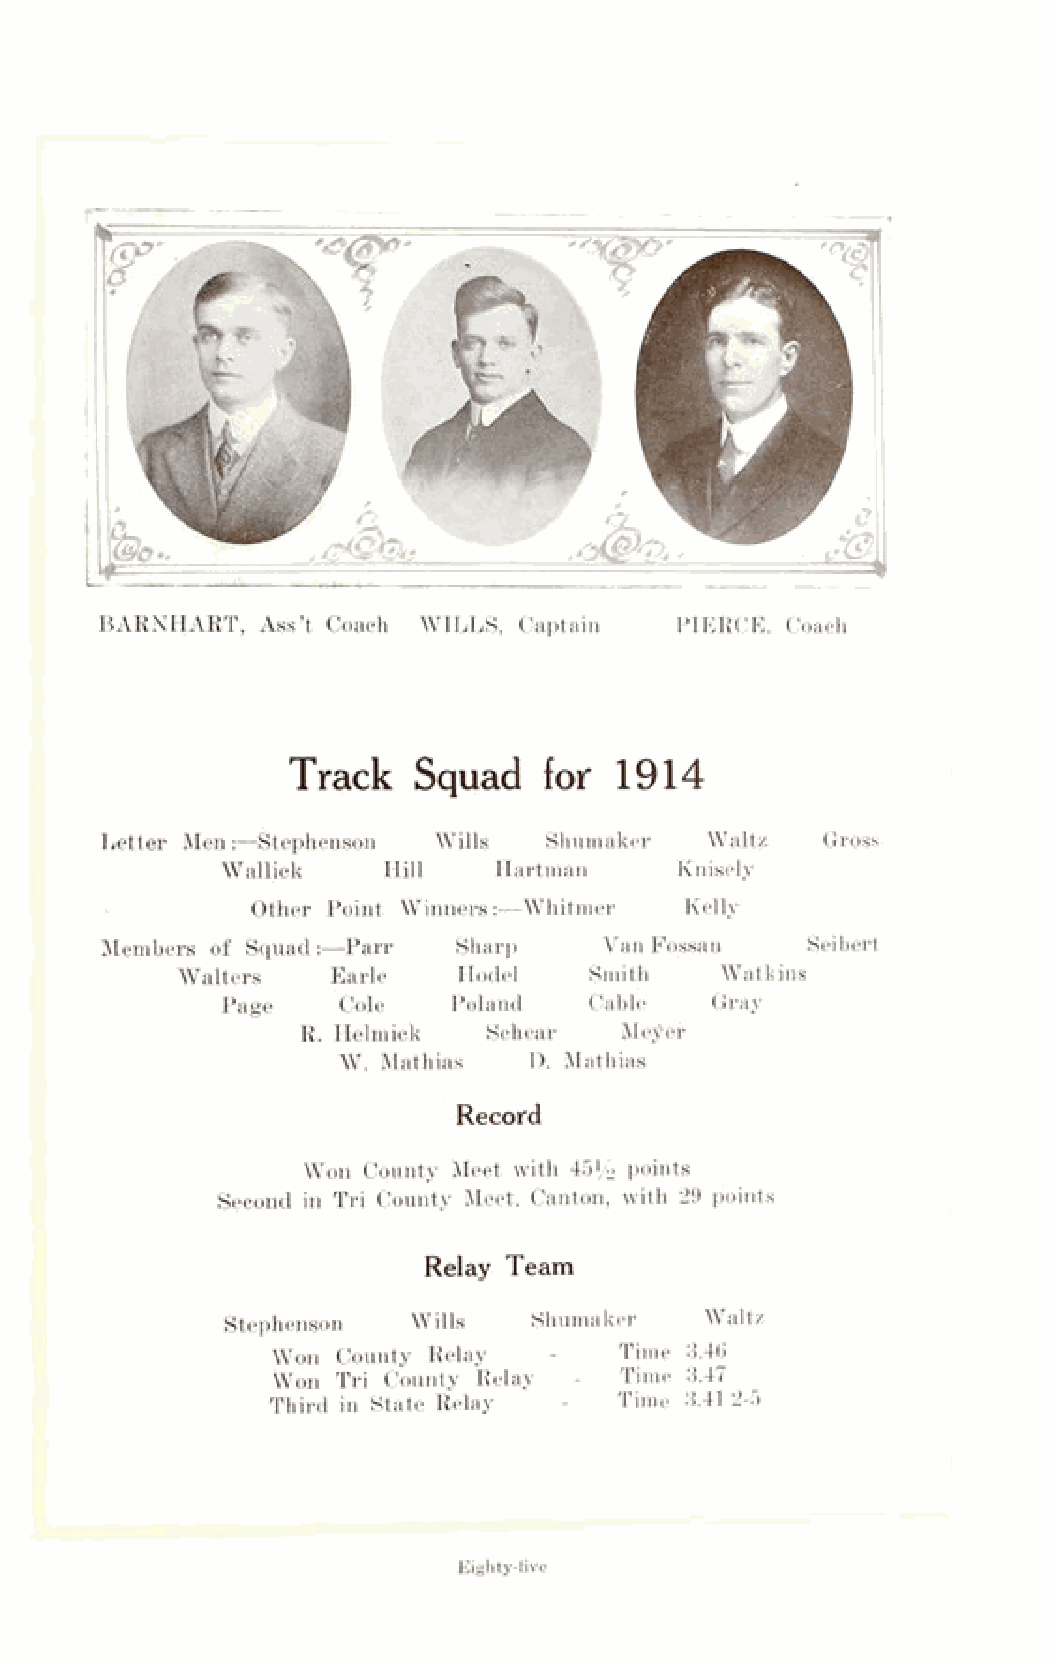
BARNHART, Ass’t Coach WILLS, Captain  PIERCE, Coach
 Track   Squad    for  1914
 Letter Men:—Stephenson Wills Shumaker  Waltz   Gross
 Wallick   Hill    Hartman     Knisely
 Other Point Winners:—Whitmer Kelly
 Members of Squad:-—Parr  Sharp   VanFossan    Seibert
 Walters   Earle   Hodel    Smith    Watkins
 Page    Cole   Poland   Cable   Gray
 R. Helmick  Schear   Me^er
 W. Mathias   D. Mathias
 Record
 Won County Meet with 45V2 points
 Second in Tri County Meet, Canton, with 29 points
 Relay Team
 Stephenson  Wills   Shumaker    Whltz
 Won County Relay  -    Time 3.46
 Won Tri County Relay - Time 3.47
 Third in State Relay - Time 3.412-5